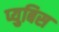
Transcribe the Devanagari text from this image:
प्युबिस